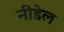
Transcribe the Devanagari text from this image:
नीडेल